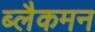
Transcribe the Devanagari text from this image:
ब्लैकमन